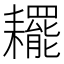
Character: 䎱